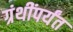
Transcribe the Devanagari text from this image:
ग्रंथींपर्यंत